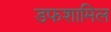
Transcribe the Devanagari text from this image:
डफशामिल